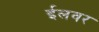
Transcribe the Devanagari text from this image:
ईलवर